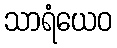
သာရံယေဝ